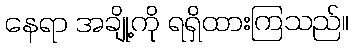
နေရာ အချို့ကို ရရှိထားကြသည်။